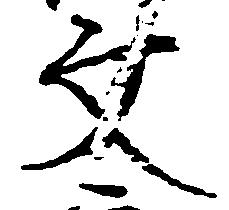
文